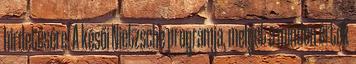
hirdetésére. A késői Nietzsche programja, melyet a minden érték